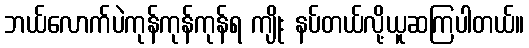
ဘယ်လောက်ပဲကုန်ကုန်ကုန်ရ ကျိုး နပ်တယ်လို့ယူဆကြပါတယ်။